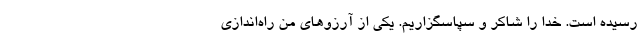
رسیده است. خدا را شاکر و سپاسگزاریم. یکی از آرزوهای من راه‌اندازی